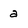
Character: a